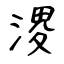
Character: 溭